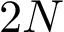
2 N